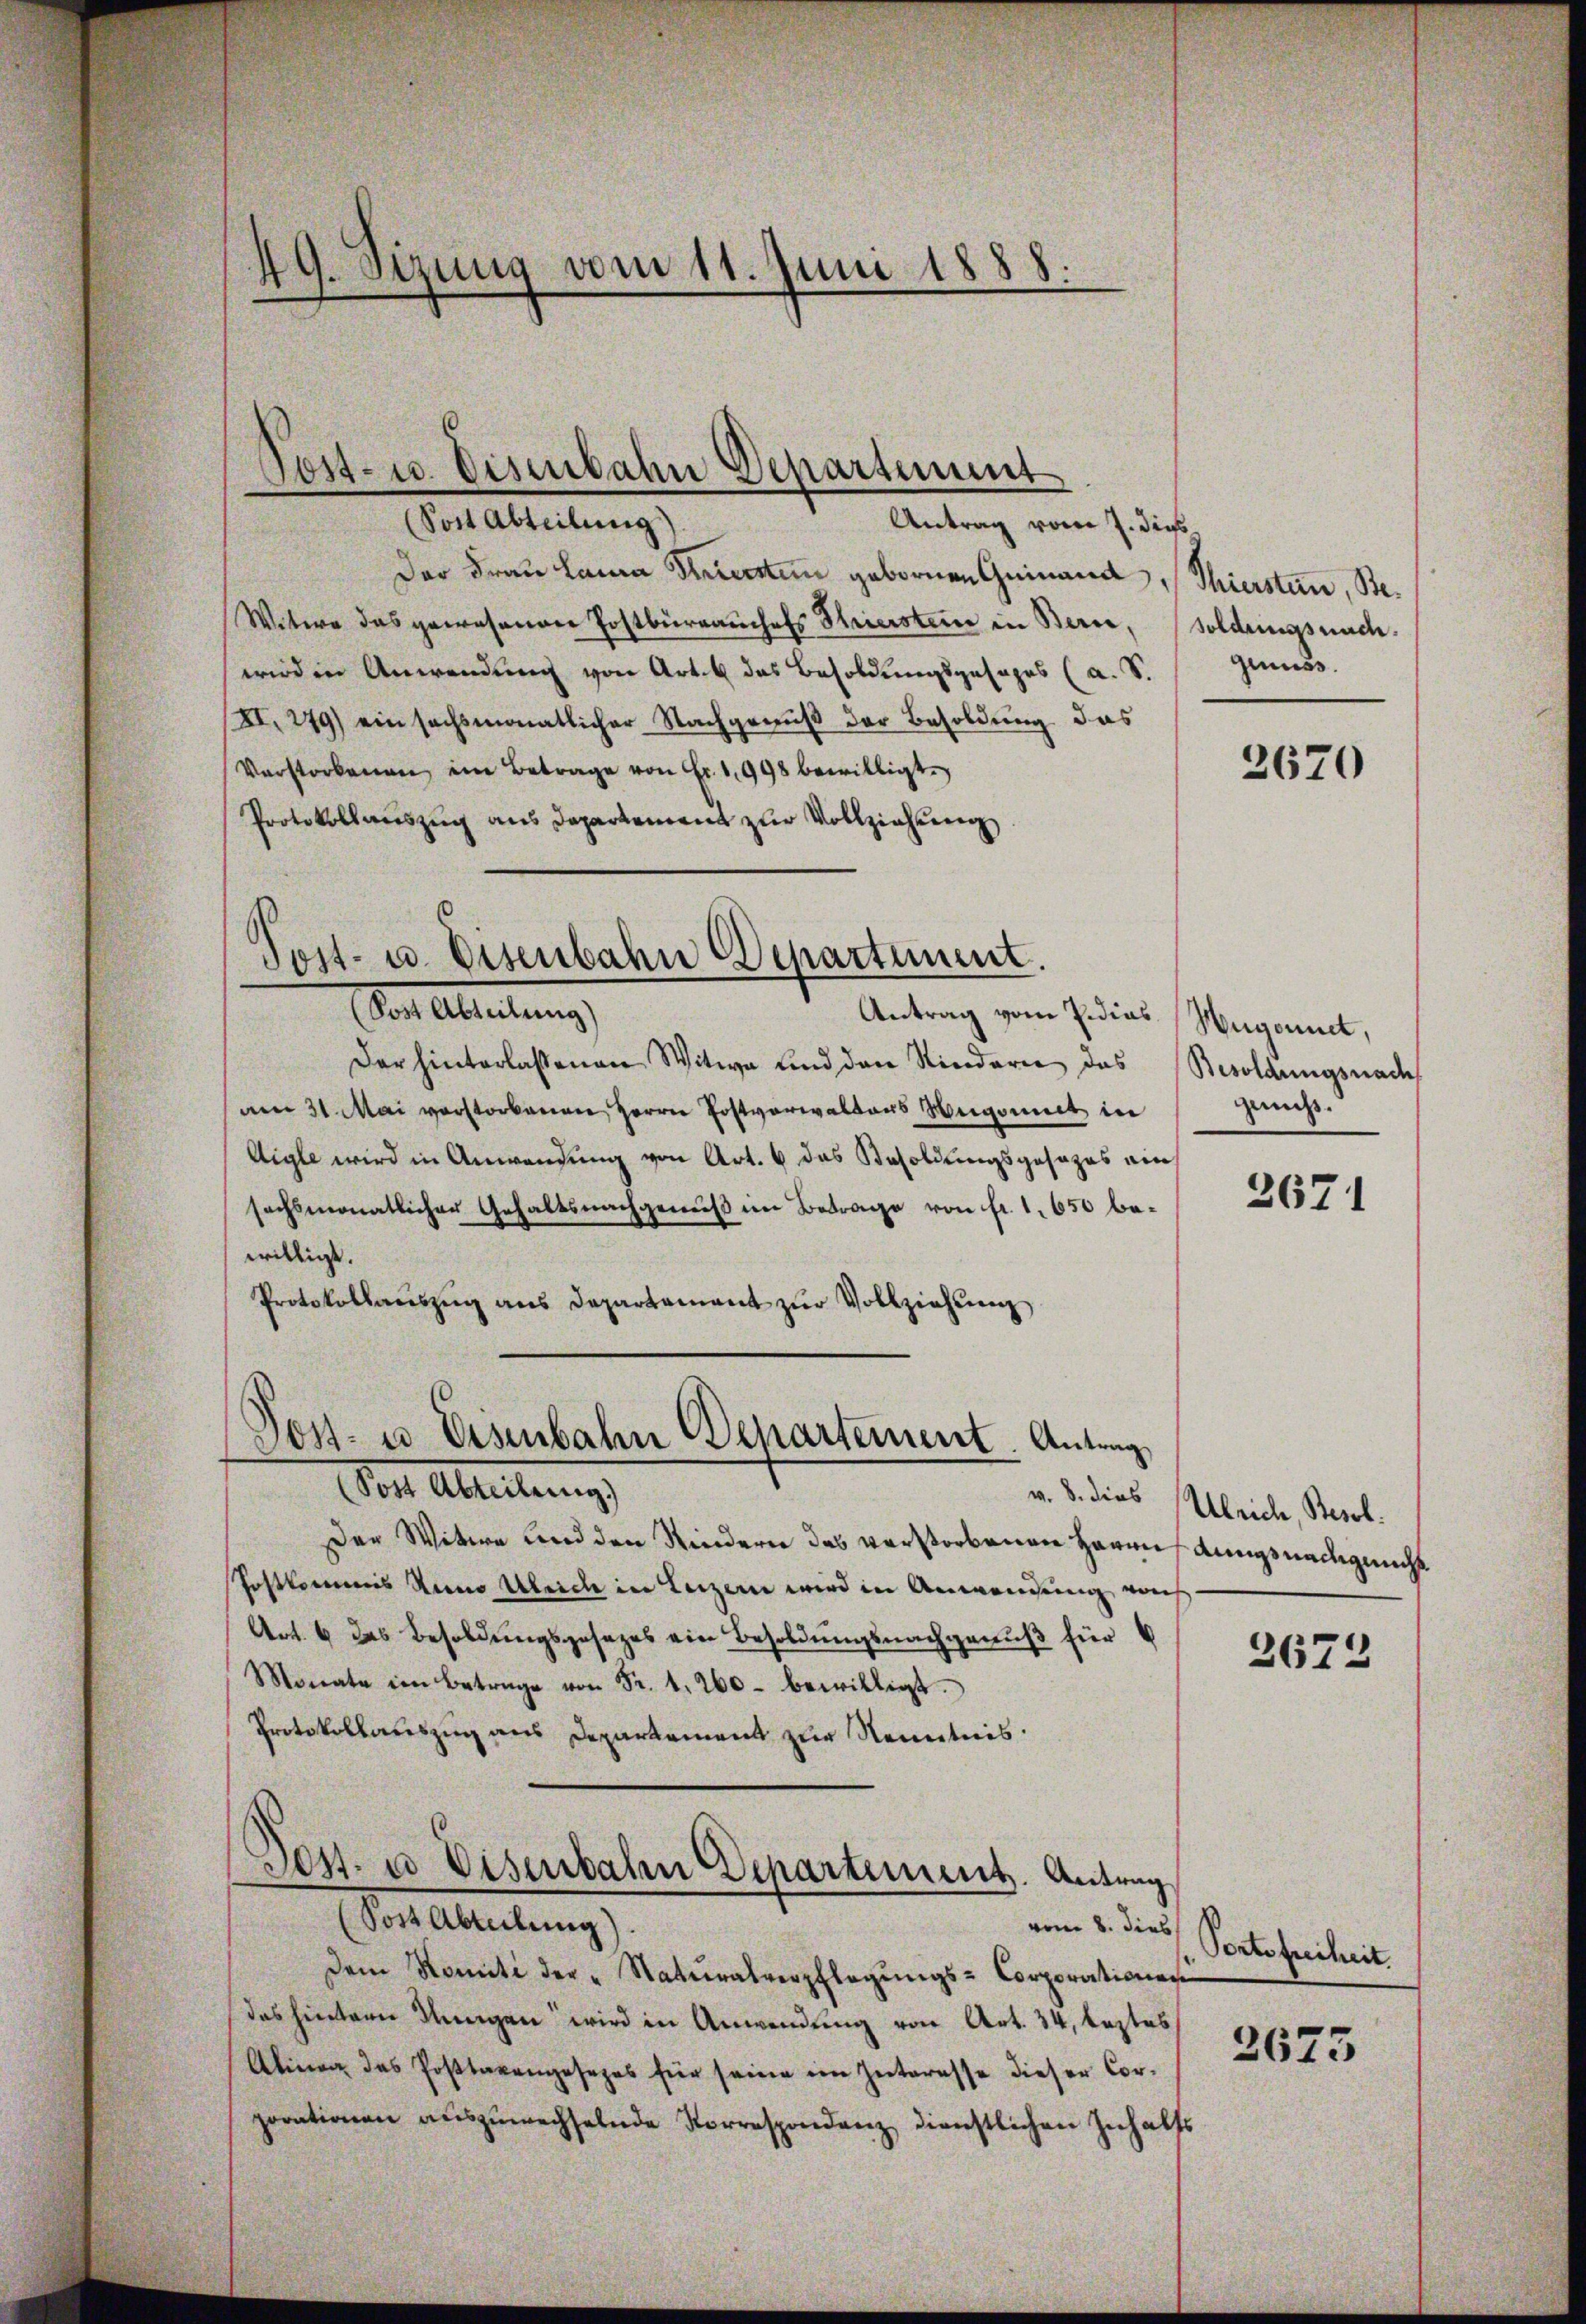
Sost Abteilung
Antrag vom 7. dies
Der Frau Lana Trierten gebornen Geinand
Witwe das gewesenen Postbüreaŭchefs Thierstein in Berne, soldungsnachwird in Anwendung von Art. 6 das Besoldungsgesages (a. S.
XI. 279) ein sechsmonatlicher Nachgenuß der Besoldung das
Verstorbenen im Betrage von Fr. 1998 bewilligt.
Protokollauszug aus Departement zur Vollziehung
B
Tost- u. Eisenbahn Departiment.
ar Abteilung
Antrag vom Pidias
Der hinterlassenen Witwe und den Kindern das Besoldungsnach
am 31. Mai verstorbenen Herrn Postverwaltens Mngemit in
Aigle wird in Anwendung von Art. 6 das Besoldungsgesezes ein
sechsmonatlicher Gehaltsnachgenuß im Betrage von fr. 1. 650 bewilligt.
Protokollaŭszŭg ans Departement zŭr Vollziehŭng

49. Sizung vom 11. Juni 1888.

Post- u. Eisenbahn Departement

Post- u. Eisenbahn Behartement Antrag
Vor Abteilung

Post Abteilung).
vom 8. dies

Der Witwe und den Kindern des verstorbenen Herredungsnachgeacht
Postkommis Senio Überde in Luzern wird in Anwendung noch
Art. 4 das Besoldungsgesezes ein Besoldungsnachgenuß für
Monate im Betrage von Fr. 1. 260. bewilligt.
Protokollauszug aus Departement zur Kenntnis.
Jes. u Eisenbahn Departement. Antrag

dem Komiti der Natŭralverpflegŭngs-Corporations
des hintern Ungen wird in Anwendung von Art. 34, leztes
Alinen das Posttaxangesezes für seine im Interesse dieser Corparationen auszuwechselnde Korrespondenz dienstlichen Inhalts

Thiersten, Be
gruss.

2670

Wegonnet,
ganch

2671

v. 8. dies Ulrich, Besol

2672

Portofreiheit.

2673